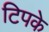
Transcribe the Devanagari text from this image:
टिपके